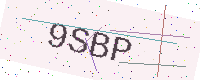
Text: 9SBP